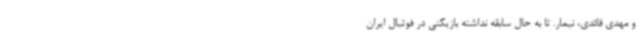
و مهدی قائدی، نیمار. تا به حال سابقه نداشته بازیکنی در فوتبال ایران